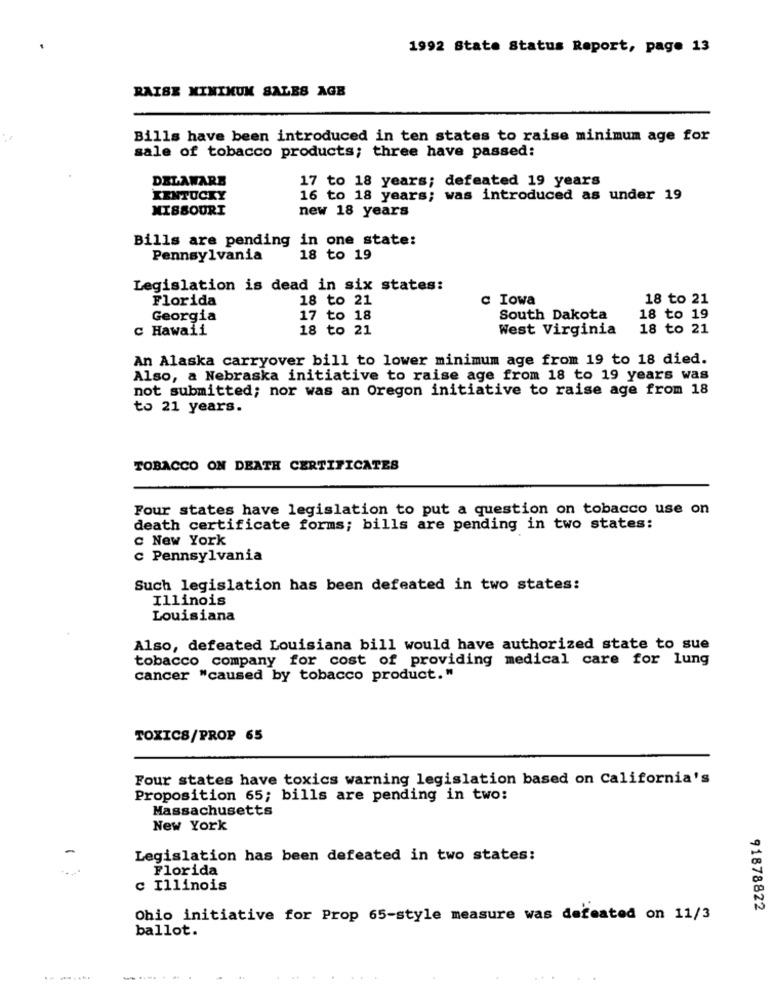
1992 State Status Report, page 13
RAISE MINIMUM SALES AGE
Bills have been introduced in ten states to raise minimum age for
sale of tobacco products; three have passed:
DELAWARE
17 to 18 years; defeated 19 years
KENTUCKY
16 to 18 years; was introduced as under 19
MISSOURI
new 18 years
Bills are pending
in one state:
Pennsylvania
18 to 19
Legislation is dead in six states:
Florida
18 to 21
c Iowa
18 to 21
Georgia
17 to 18
South Dakota
18 to 19
c Hawaii
18 to 21
West Virginia
18 to 21
An Alaska carryover bill to lower minimum age from 19 to 18 died.
Also, a Nebraska initiative to raise age from 18 to 19 years was
not submitted; nor was an Oregon initiative to raise age from 18
to 21 years.
TOBACCO ON DEATH CERTIFICATES
Four states have legislation to put a question on tobacco use on
death certificate forms; bills are pending in two states:
C New York
c Pennsylvania
Such legislation has been defeated in two states:
Illinois
Louisiana
Also, defeated Louisiana bill would have authorized state to sue
tobacco company for cost of providing medical care for lung
cancer "caused by tobacco product."
TOXICS/PROP 65
Four states have toxics warning legislation based on California's
Proposition 65; bills are pending in two:
Massachusetts
New York
Legislation has been defeated in two states:
Florida
c Illinois
91878822
Ohio initiative for Prop 65-style measure was defeated on 11/3
ballot.
..-....